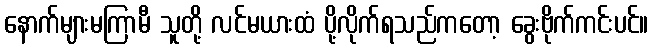
နောက်များမကြာမီ သူတို့ လင်မယားထံ ပို့လိုက်ရသည်ကတော့ ခွေးဗိုက်ကင်းပင်။